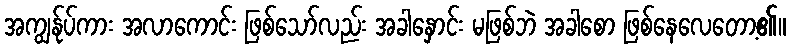
အကျွန်ုပ်ကား အလာကောင်း ဖြစ်သော်လည်း အခါနှောင်း မဖြစ်ဘဲ အခါစော ဖြစ်နေလေတော့၏။